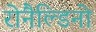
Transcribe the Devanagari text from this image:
रोनैल्डिनो